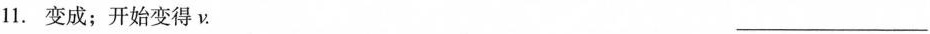
11.变成；开始变得v. ___